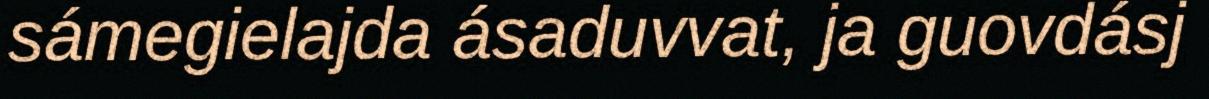
sámegielajda ásaduvvat, ja guovdásj